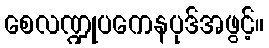
စေလဏ္ဍုပကေနပုဒ်အဖွင့်။